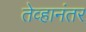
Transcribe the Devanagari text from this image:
तेव्हानंतर